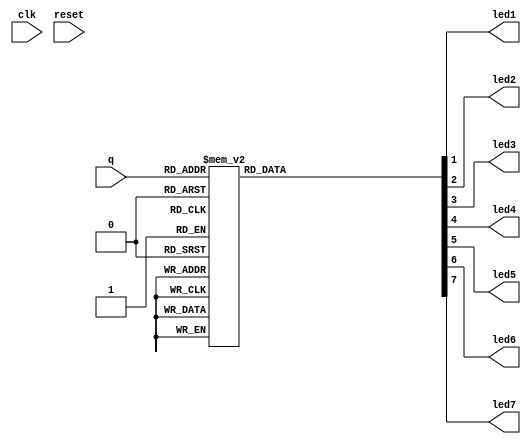
module dmux3to8(
	q,
	clk,
	reset,
	led1, led2, led3, led4, led5, led6, led7
);
	
	//what are the input ports and their sizes
	input clk , reset;
	input [2:0]q;
    //what are the output ports and their sizes.
    output led1, led2, led3, led4, led5, led6, led7; 
    //Internal variables
    reg [7:0] Data_out;

   
  always @(q)
    case (q)   //case statement. Check all the 8 combinations.
        3'b000 : Data_out = 8'b00000001;
        3'b001 : Data_out = 8'b00000010;
        3'b010 : Data_out = 8'b00000100;
        3'b011 : Data_out = 8'b00001000;
        3'b100 : Data_out = 8'b00010000;
        3'b101 : Data_out = 8'b00100000;
        3'b110 : Data_out = 8'b01000000;
        3'b111 : Data_out = 8'b10000000;
    endcase

	assign led1 = Data_out[1];
	assign led2 = Data_out[2];
	assign led3 = Data_out[3];
	assign led4 = Data_out[4];
	assign led5 = Data_out[5];
	assign led6 = Data_out[6];
	assign led7 = Data_out[7];
    
endmodule